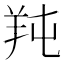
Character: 𦍣